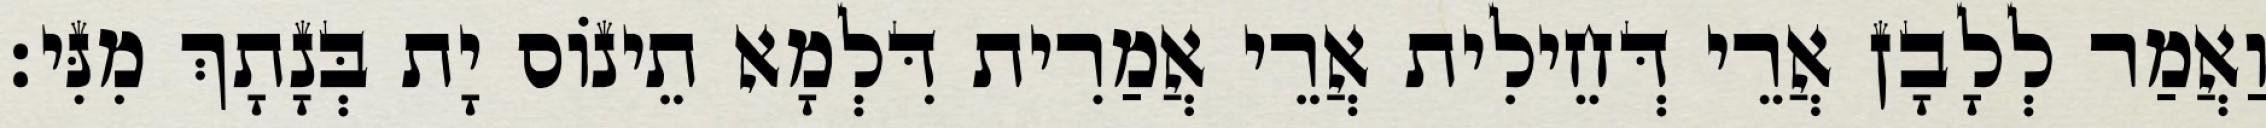
וַאֲמַר לְלָבָן אֲרֵי דְּחֵילִית אֲרֵי אֲמַרִית דִּלְמָא תֵינוֹס יָת בְּנָתָךְ מִנִּי׃